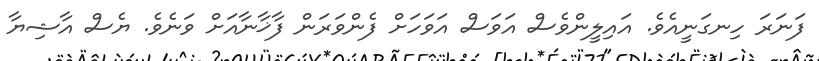
ފަނަރަ ހިނގަނީއެވެ. އައިލީންވެސް އަވަސް އަވަހަށް ފެންވަރަން ފާޚާނާއަށް ވަނެވެ. ޔެސް އާޝިޔާ